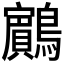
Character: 𪇧